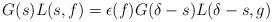
LaTeX: \begin{align*} G(s)L(s,f) = \epsilon(f) G(\delta-s)L(\delta-s,g) \end{align*}